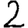
Digit: 2